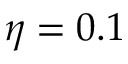
\eta = 0 . 1